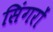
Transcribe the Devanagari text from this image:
सिंगरों